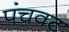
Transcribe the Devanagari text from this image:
पंचवट